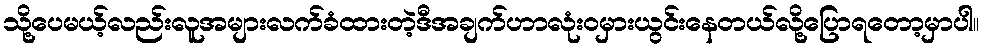
သို့ပေမယ့်လည်းလူအများလက်ခံထားတဲ့ဒီအချက်ဟာလုံးဝမှားယွင်းနေတယ်လို့ပြောရတော့မှာပါ။